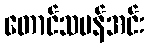
တောင်သမန်အင်း